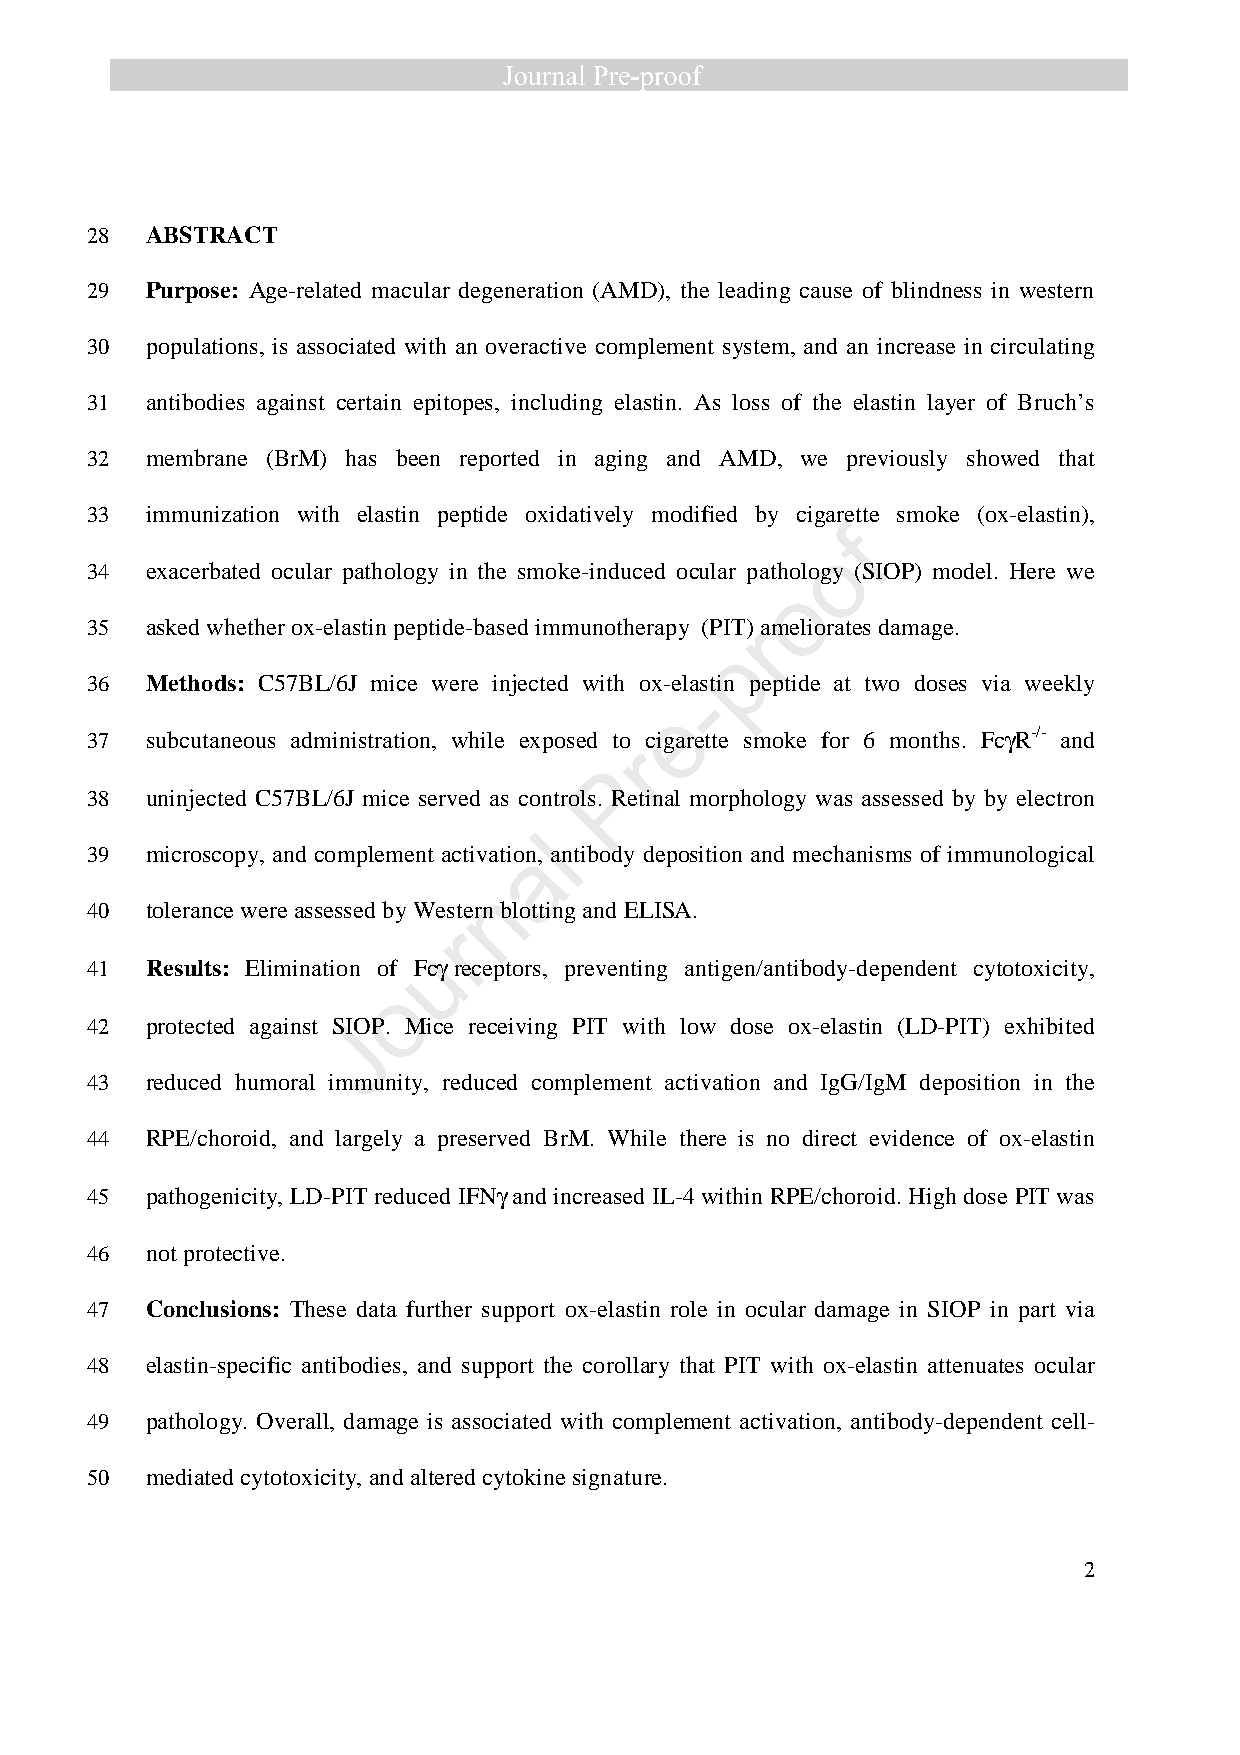
28  ABSTRACT
 29  Purpose: Age-related macular degeneration (AMD), the leading cause of blindness in western
 30  populations, is associated with an overactive complement system, and an increase in circulating
 31  antibodies against certain epitopes, including elastin. As loss of the elastin layer of Bruch’s
 32  membrane (BrM) has been reported in aging and AMD, we previously showed that
 33  immunization with elastin peptide oxidatively modified by cigarette smoke (ox-elastin),
 f
 o
 34  exacerbated ocular pathology in the smoke-induced ocular pathology (SIOP) model. Here we
 o
 35  asked whether ox-elastin peptide-based immunotherapy (PIT)r ameliorates damage.
 p
 36  Methods: C57BL/6J mice were injected with ox-elastin peptide at two doses via weekly
 -
 e
 37  subcutaneous administration, while exposed to cigarette smoke for 6 months. Fcg R-/- and
 r
 P
 38  uninjected C57BL/6J mice served as controls. Retinal morphology was assessed by by electron
 l
 39  microscopy, and complement activationa, antibody deposition and mechanisms of immunological
 n
 40  tolerance were assessed by Western blotting and ELISA.
 r
 u
 41  Results: Elimination of Fcg receptors, preventing antigen/antibody-dependent cytotoxicity,
 o
 42  protected against SI JOP. Mice receiving PIT with low dose ox-elastin (LD-PIT) exhibited
 43  reduced humoral immunity, reduced complement activation and IgG/IgM deposition in the
 44  RPE/choroid, and largely a preserved BrM. While there is no direct evidence of ox-elastin
 45  pathogenicity, LD-PIT reduced IFNg and increased IL-4 within RPE/choroid. High dose PIT was
 46  not protective.
 47  Conclusions: These data further support ox-elastin role in ocular damage in SIOP in part via
 48  elastin-specific antibodies, and support the corollary that PIT with ox-elastin attenuates ocular
 49  pathology. Overall, damage is associated with complement activation, antibody-dependent cell-
 50  mediated cytotoxicity, and altered cytokine signature.
 2